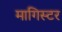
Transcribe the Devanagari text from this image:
मागिस्टर